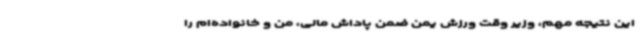
این نتیجه مهم، وزیر وقت ورزش یمن ضمن پاداش مالی، من و خانواده‌ام را